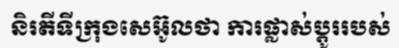
និរតីទីក្រុងសេអ៊ូលថា ការផ្លាស់ប្តូររបស់